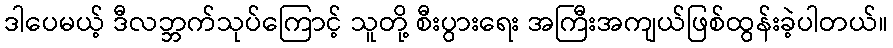
ဒါပေမယ့် ဒီလဘ္ဘက်သုပ်ကြောင့် သူတို့ စီးပွားရေး အကြီးအကျယ်ဖြစ်ထွန်းခဲ့ပါတယ်။